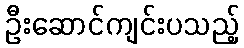
ဦးဆောင်ကျင်းပသည့်